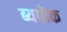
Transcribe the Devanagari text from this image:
ब्यपॊक